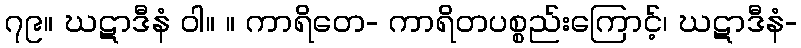
၇၉။ ဃဋာဒီနံ ဝါ။ ။ ကာရိတေ- ကာရိတပစ္စည်းကြောင့်၊ ဃဋာဒီနံ-